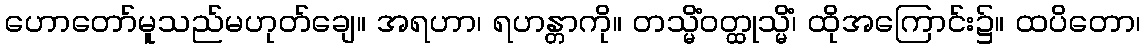
ဟောတော်မူသည်မဟုတ်ချေ။ အရဟာ၊ ရဟန္တာကို။ တသ္မိံဝတ္ထုသ္မိံ၊ ထိုအကြောင်း၌။ ထပိတော၊